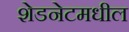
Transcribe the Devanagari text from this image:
शेडनेटमधील